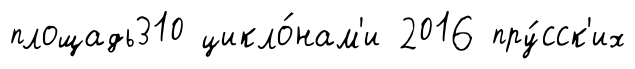
площадь310 цикло́нам'и 2016 пру́сск'их